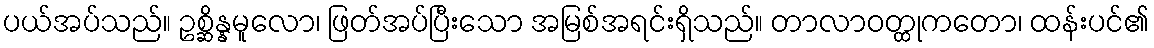
ပယ်အပ်သည်။ ဥစ္ဆိန္နမူလော၊ ဖြတ်အပ်ပြီးသော အမြစ်အရင်းရှိသည်။ တာလာဝတ္ထုကတော၊ ထန်းပင်၏